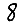
Digit: 8